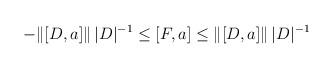
LaTeX: \begin{align*}-\|[D,a]\| \,|D|^{-1} \leq [F,a] \leq \|[D,a]\| \,|D|^{-1}\end{align*}